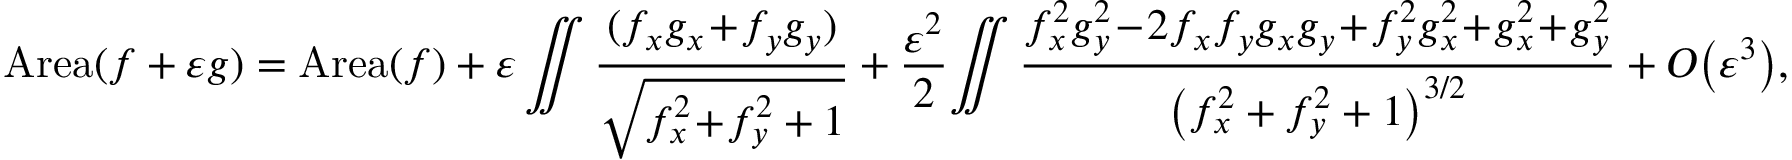
\mathrm { A r e a } ( f + \varepsilon g ) = \mathrm { A r e a } ( f ) + \varepsilon \iint \frac { ( f _ { x } g _ { x } \! + \! f _ { y } g _ { y } ) } { \sqrt { f _ { x } ^ { 2 } \! + \! f _ { y } ^ { 2 } + 1 } } + \frac { \varepsilon ^ { 2 } } 2 \! \iint \frac { f _ { x } ^ { 2 } g _ { y } ^ { 2 } \! - \! 2 f _ { x } f _ { y } g _ { x } g _ { y } \! + \! f _ { y } ^ { 2 } g _ { x } ^ { 2 } \! + \! g _ { x } ^ { 2 } \! + \! g _ { y } ^ { 2 } } { \left( f _ { x } ^ { 2 } + f _ { y } ^ { 2 } + 1 \right) ^ { 3 / 2 } } + O \big ( \varepsilon ^ { 3 } \big ) ,